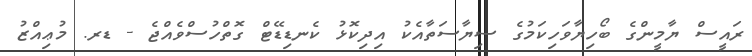
ރައީސް ޔާމީންގެ ބޯހިޔާވަހިކަމުގެ ސިޔާސަތާއެކު އިދިކޮޅު ކެނޑިޑޭޓް ގޮތްހުސްވެއްޖެ - ޑރ. މުޢިއްޒު